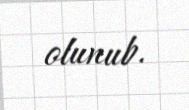
olunub.